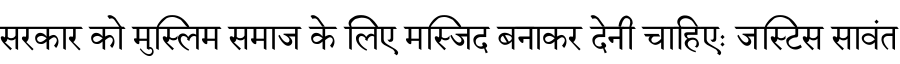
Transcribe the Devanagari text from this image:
सरकार को मुस्लिम समाज के लिए मस्जिद बनाकर देनी चाहिएः जस्टिस सावंत